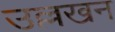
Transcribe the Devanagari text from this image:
उल्लखन